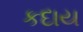
કદાય